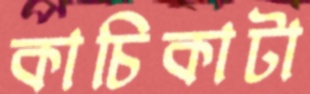
কাচিকাটা